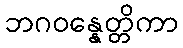
ဘဂဝန္နေတ္တိကာ